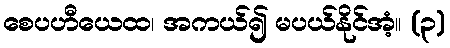
စေပဟီယေထ၊ အကယ်၍ မပယ်နိုင်အံ့။ (၃)